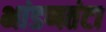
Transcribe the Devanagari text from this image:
भांडणतंटा